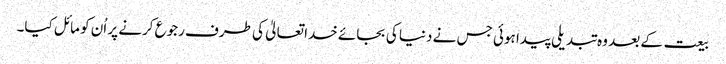
بیعت کے بعد وہ تبدیلی پیدا ہوئی جس نے دنیا کی بجائے خدا تعالیٰ کی طرف رجوع کرنے پر اُن کو مائل کیا۔